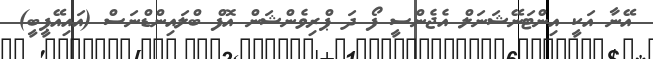
އޭނާ އަކީ އިންޓަނޭޝަނަލް އެޖެންސީ ފޯ ދަ ޕްރިވެންޝަން އޮފް ބްލައިންޑްނަސް (އައިއޭޕީބީ)